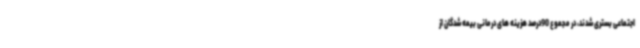
اجتماعی بستری شدند، در مجموع 90درصد هزینه های درمانی بیمه شدگان از